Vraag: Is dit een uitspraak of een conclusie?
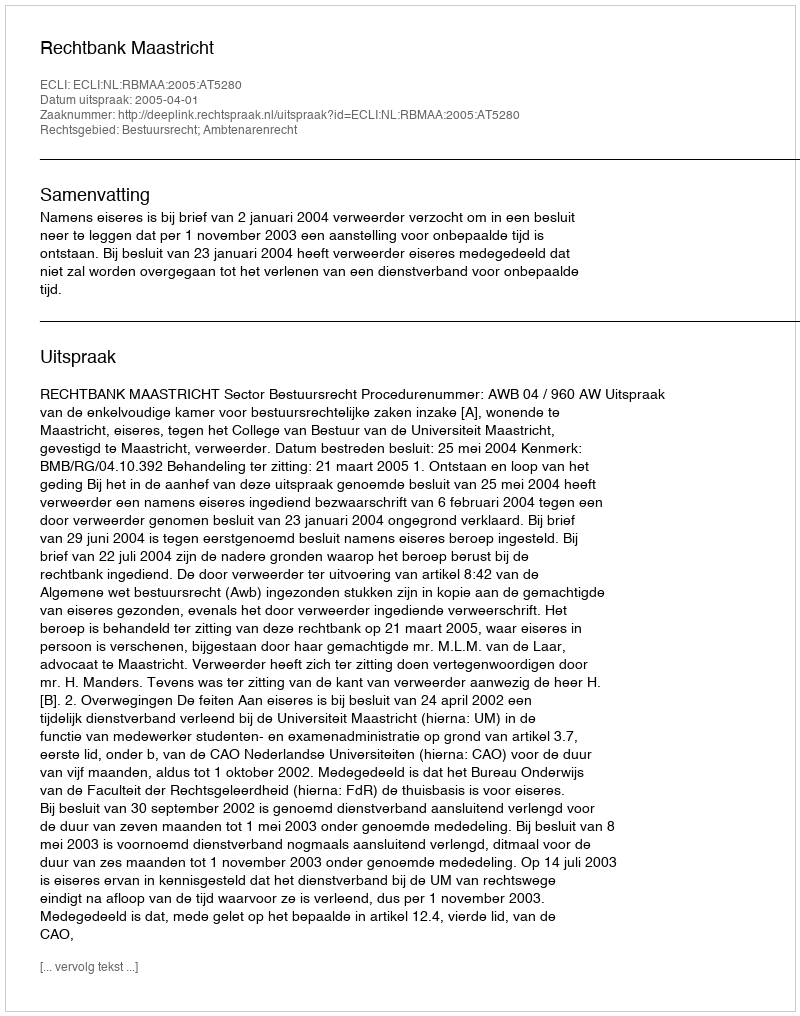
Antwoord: Uitspraak